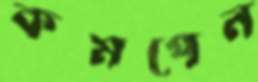
কমপেন